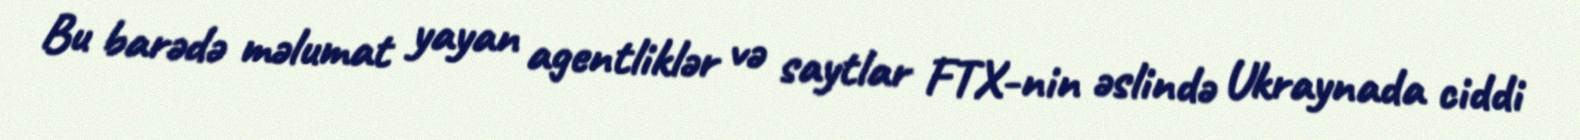
Bu barədə məlumat yayan agentliklər və saytlar FTX-nin əslində Ukraynada ciddi